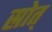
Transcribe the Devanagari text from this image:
स्रोत्